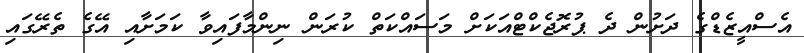
އެސްއީޒެޑްގެ ދަށުން ދެ ޕުރޮޖެކްޓްއަކަށް މަސައްކަތް ކުރަން ނިންމާފައިވާ ކަމަށާއި އޭގެ ތެރޭގައި